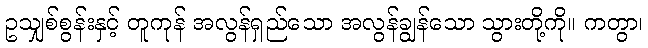
ဥသျှစ်စွန်းနှင့် တူကုန် အလွန်ရှည်သော အလွန်ချွန်သော သွားတို့ကို။ ကတွာ၊